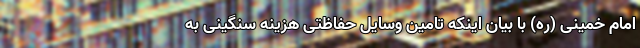
امام خمینی (ره) با بیان اینکه تامین وسایل حفاظتی هزینه سنگینی به